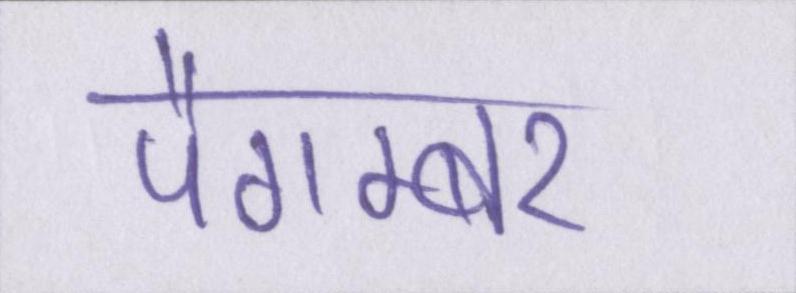
पैगम्बर